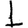
Digit: 1